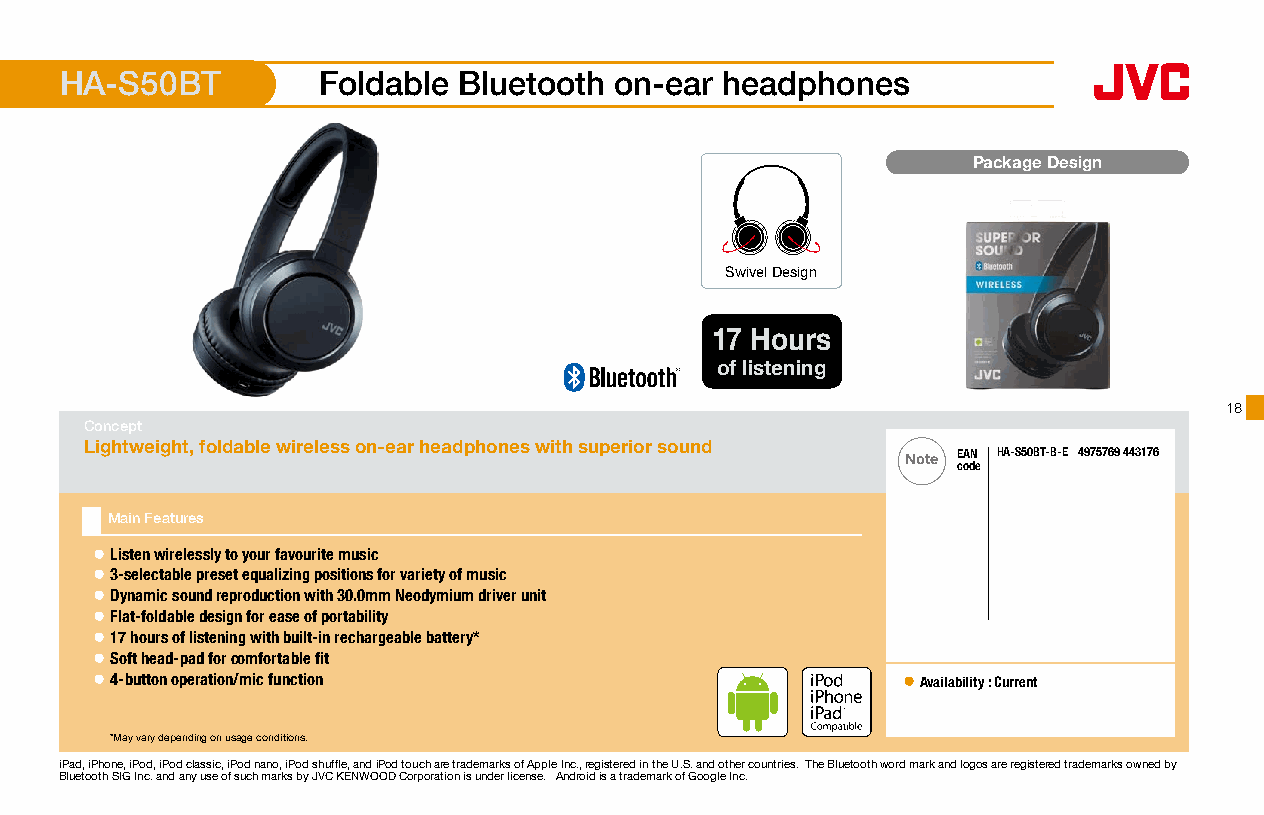
HA-S50BT         Foldable Bluetooth  on-ear headphones
 Package Design
 Swivel Design
 17 Hours
 of listening
 18
 Concept
 Lightweight, foldable wireless on-ear headphones with superior sound
 Note EAN HA-S50BT-B-E 4975769 443176
 code
 Main Features
 ● Listen wirelessly to your favourite music
 ● 3-selectable preset equalizing positions for variety of music
 ● Dynamic sound reproduction with 30.0mm Neodymium driver unit
 ● Flat-foldable design for ease of portability
 ● 17 hours of listening with built-in rechargeable battery*
 ● Soft head-pad for comfortable fit
 ● 4-button operation/mic function                     ● Availability : Current
 16 x 16mm
 *May vary depending on usage conditions.
 iPad, iPhone, iPod, iPod classic, iPod nano, iPod shuffle, and iPod touch are trademarks of Apple Inc., registered in the U.S. and other countries. The Bluetooth word mark and logos are registered trademarks owned by
 Bluetooth SIG Inc. and any use of such marks by JVC KENWOOD Corporation is under license. Android is a trademark of Google Inc.